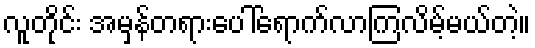
လူတိုင်း အမှန်တရားပေါ်ရောက်လာကြလိမ့်မယ်တဲ့။